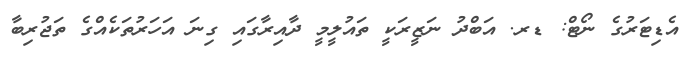
އެޑިޓަރުގެ ނޯޓް: ޑރ. އަބްދު ނަޒީރަކީ ތައުލީމީ ދާއިރާގައި ގިނަ އަހަރުތަކެއްގެ ތަޖުރިބާ